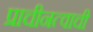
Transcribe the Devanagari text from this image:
प्राचीनत्वाची